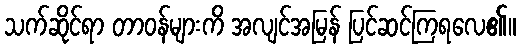
သက်ဆိုင်ရာ တာဝန်များကိ အလျင်အမြန် ပြင်ဆင်ကြရလေ၏။